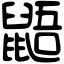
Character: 鼯